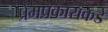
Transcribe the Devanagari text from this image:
प्रेमप्रकाराकडे